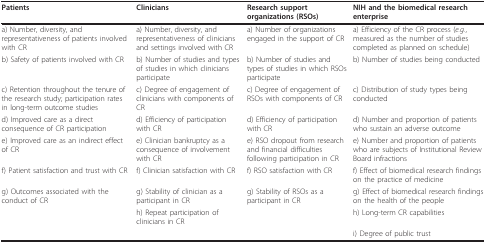
| Patients | Clinicians | Research support organizations (RSOs) | NIH and the biomedical research enterprise |
 | --- | --- | --- | --- |
 | a) Number, diversity, and representativeness of patients involved with CR | a) Number, diversity, and representativeness of clinicians and settings involved with CR | a) Number of organizations engaged in the support of CR | a) Efficiency of the CR process (e.g., measured as the number of studies completed as planned on schedule) |
 | b) Safety of patients involved with CR | b) Number of studies and types of studies in which clinicians participate | b) Number of studies and types of studies in which RSOs participate | b) Number of studies being conducted |
 | c) Retention throughout the tenure of the research study; participation rates in long-term outcome studies | c) Degree of engagement of clinicians with components of CR | c) Degree of engagement of RSOs with components of CR | c) Distribution of study types being conducted |
 | d) Improved care as a direct consequence of CR participation | d) Efficiency of participation with CR | d) Efficiency of participation with CR | d) Number and proportion of patients who sustain an adverse outcome |
 | e) Improved care as an indirect effect of CR | e) Clinician bankruptcy as a consequence of involvement with CR | e) RSO dropout from research and financial difficulties following participation in CR | e) Number and proportion of patients who are subjects of Institutional Review Board infractions |
 | f) Patient satisfaction and trust with CR | f) Clinician satisfaction with CR | f) RSO satisfaction with CR | f) Effect of biomedical research findings on the practice of medicine |
 | g) Outcomes associated with the conduct of CR | g) Stability of clinician as a participant in CR | g) Stability of RSOs as a participant in CR | g) Effect of biomedical research findings on the health of the people |
 |  | h) Repeat participation of clinicians in CR |  | h) Long-term CR capabilities |
 |  |  |  | i) Degree of public trust |